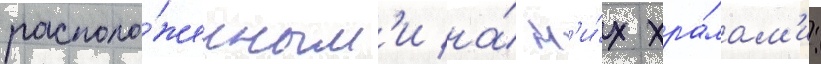
располо́женным'и на́ н'и́х хра́мам'и: